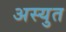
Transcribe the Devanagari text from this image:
अस्युत